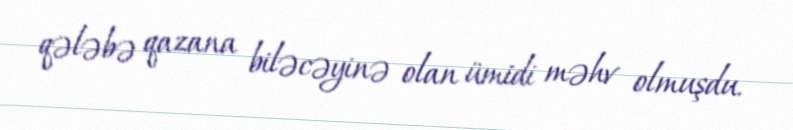
qələbə qazana biləcəyinə olan ümidi məhv olmuşdu.